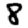
Digit: 8